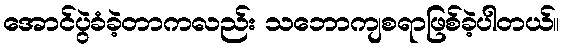
အောင်ပွဲခံခဲ့တာကလည်း သဘောကျစရာဖြစ်ခဲ့ပါတယ်။